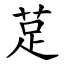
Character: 莡